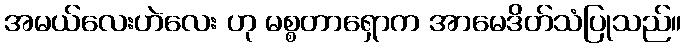
အမယ်လေးဟဲလေး ဟု မစ္စတာရှောက အာမေဒိတ်သံပြုသည်။